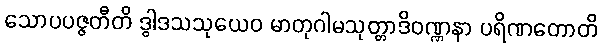
သောပပဇ္ဇတီတိ ဒွါဒသသုယေဝ မာတုဂါမသုတ္တာဒိဝဏ္ဏနာ ပရိဏတောတိ